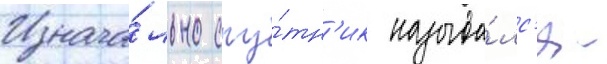
Изнача́льно спу́тн'ик называ́лс'я -